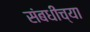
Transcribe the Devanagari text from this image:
संबधीच्या